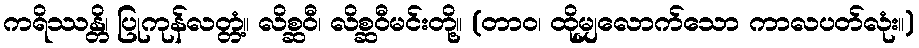
ကရိဿန္တိ၊ ပြုကုန်လတ္တံ့။ လိစ္ဆဝီ၊ လိစ္ဆဝီမင်းတို့။ (တာဝ၊ ထိုမျှလောက်သော ကာလပတ်လုံး။)